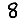
Digit: 8